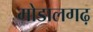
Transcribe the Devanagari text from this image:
मोडालगढ़